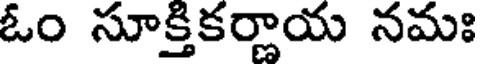
ఓం సూక్తికర్ణాయ నమః